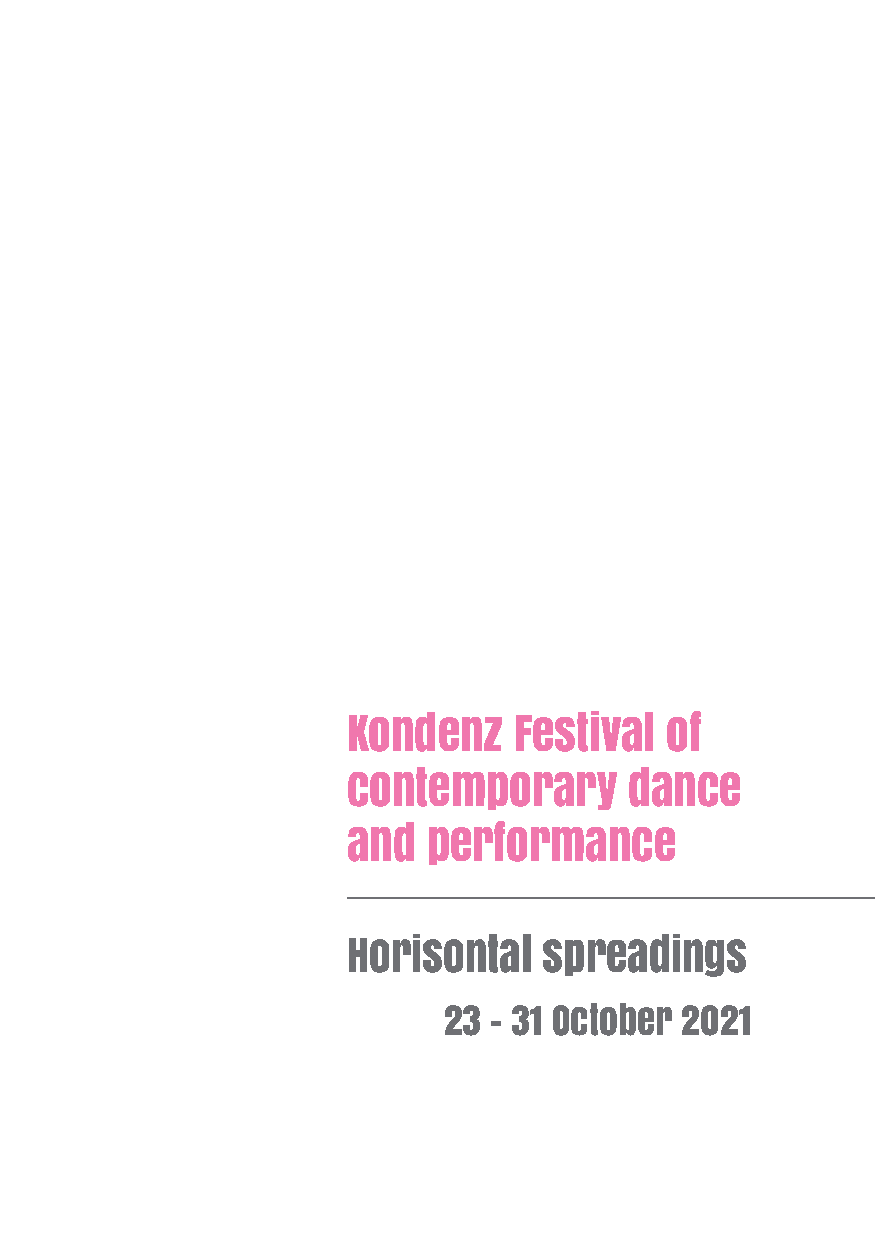
Kondenz    Festival  of
 contemporary       dance
 and  performance
 Horisontal   spreadings
 23 – 31 October 2021